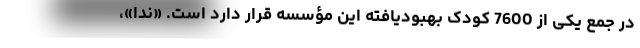
در جمع یکی از 7600 کودک بهبودیافته این مؤسسه قرار دارد است. «ندا»،